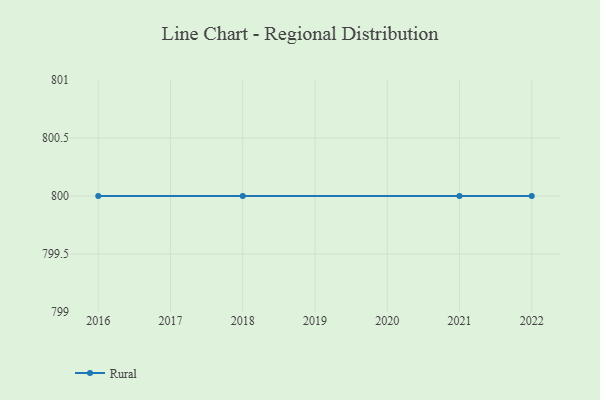
{"axis": {"x": "Year", "y": "Conversion Rate (%)"}, "legend": ["Rural"], "data": [{"x": "2016", "y": 800, "type": "Rural"}, {"x": "2018", "y": 800, "type": "Rural"}, {"x": "2022", "y": 800, "type": "Rural"}, {"x": "2021", "y": 800, "type": "Rural"}]}